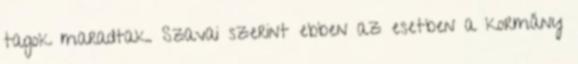
tagok maradtak. Szavai szerint ebben az esetben a kormány